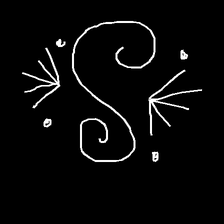
Glyph: aeroform